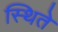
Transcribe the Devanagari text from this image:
स्थिते